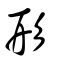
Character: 形